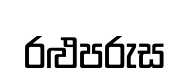
රළුපරුස